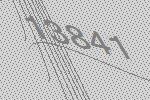
13841